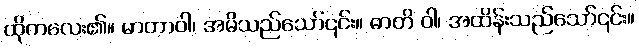
ထိုကလေး၏။ မာတာဝါ၊ အမိသည်သော်၎င်း။ ဓာတိ ဝါ၊ အထိန်းသည်သော်၎င်း။